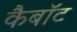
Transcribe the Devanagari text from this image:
कैबॉट